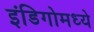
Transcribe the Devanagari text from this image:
इंडिगोमध्ये